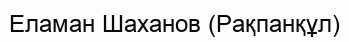
Еламан Шаханов (Рақпанқұл)